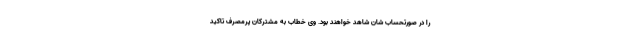
را در صورتحساب شان شاهد خواهند بود. وی خطاب به مشترکان پرمصرف تاکید